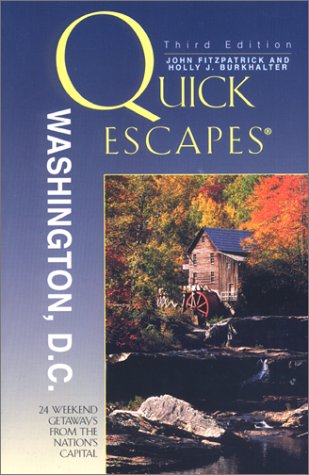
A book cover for Quick Escapes Washington, D.C.: 24 Weekend Getaways from the Nation's Capital (Quick Escapes Series); Holly Burkhalter; Travel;